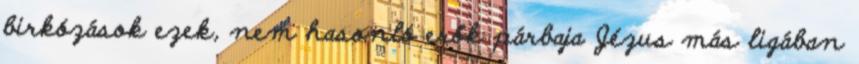
birkózások ezek, nem hasonló erők párbaja Jézus más ligában